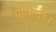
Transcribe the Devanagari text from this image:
प्रीमियर।